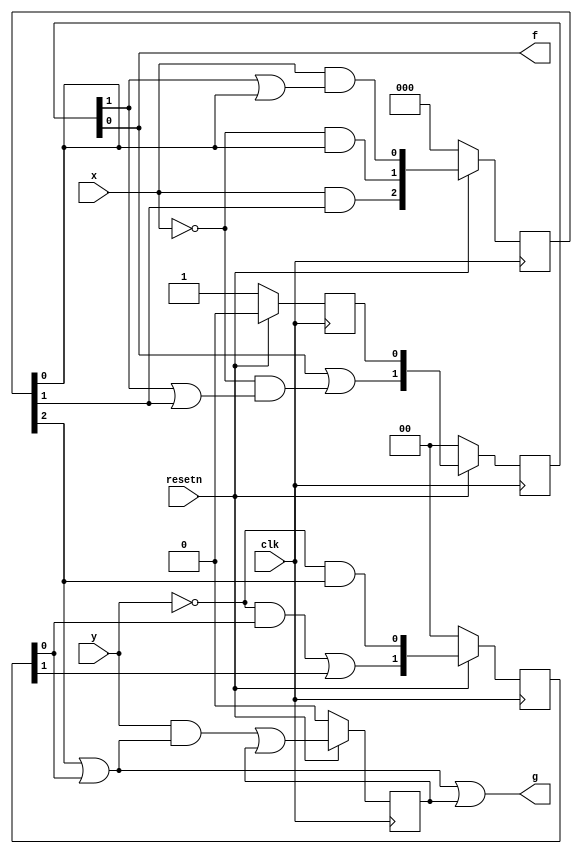
module top_module (
    input clk,
    input resetn,    // active-low synchronous reset
    input x,
    input y,
    output f,
    output g
); 

    reg A_st, E_st;
    reg [3:1] C_st;
    reg [2:1] B_st, D_st;
    reg n_A, n_E;
    reg [3:1] n_C;
    reg [2:1] n_B, n_D;

    reg A_shift;

    always @(*) begin
        n_A = 0;
        begin
            n_B[1] = A_st;
            n_B[2] = B_st[1] | ((~x) & (B_st[2] | C_st[2]));
        end
        begin
            n_C[1] = (x) & (B_st[2] | C_st[1]);
            n_C[2] = (~x) & C_st[1];
            n_C[3] = (x) & C_st[2];
        end
        begin
            n_D[1] = (~y) & C_st[3];
            n_D[2] = ((~y) & D_st[1]) | D_st[2];
        end
        n_E = ((y) & (C_st[3] | D_st[1])) | E_st;
    end

    always @(posedge clk) begin
        if(~resetn) begin
            A_st <= 1;
            B_st <= 0;
            C_st <= 0;
            D_st <= 0;
            E_st <= 0;
        end
        else begin
            A_st <= n_A;
            B_st <= n_B;
            C_st <= n_C;
            D_st <= n_D;
            E_st <= n_E;
        end
    end

    assign f = B_st[1];
    assign g = C_st[3] | D_st[1] | E_st;

endmodule